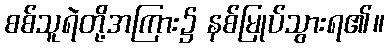
စစ်သူရဲတို့အကြား၌ နစ်မြုပ်သွားရ၏။